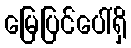
မြေပြင်ပေါ်ရှိ